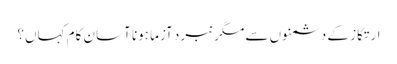
ارتکاز کے دشمنوں سے مگر نبرد آزما ہونا آسان کام کہاں؟